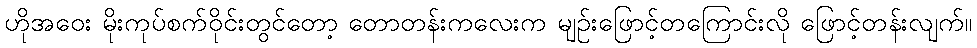
ဟိုအဝေး မိုးကုပ်စက်ဝိုင်းတွင်တော့ တောတန်းကလေးက မျဉ်းဖြောင့်တကြောင်းလို ဖြောင့်တန်းလျက်။